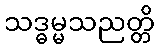
သဒ္ဓမ္မသညတ္တိ